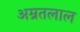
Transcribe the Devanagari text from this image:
अम्रतलाल